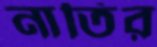
নাতির